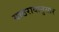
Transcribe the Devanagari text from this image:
याठरावानुसार